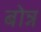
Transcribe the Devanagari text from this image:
बोन्न